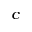
^ c